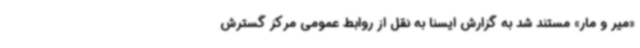
«میر و مار» مستند شد به گزارش ایسنا به نقل از روابط عمومی مرکز گسترش